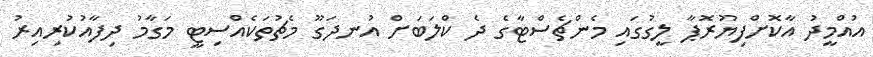
އުއްމީދު އާކޮށްފިޔޫރޮޕާ ލީގުގައި މެންޗެސްޓާގެ ދެ ކްލަބަށް އުނދަގޫ މެޗުތަކެއްސިޓީ މަގާމު ދިފާއުކުރިއިރު